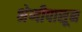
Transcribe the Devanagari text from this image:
श्रेणीपासून